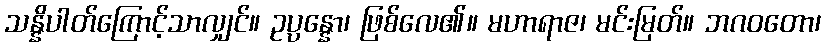
သန္နိပါတ်ကြောင့်သာလျှင်။ ဥပ္ပန္နော၊ ဖြစ်လေ၏။ မဟာရာဇ၊ မင်းမြတ်။ ဘဂဝတော၊